Medical and sanitary report of the native army of Bengal for the year
Year: 1878
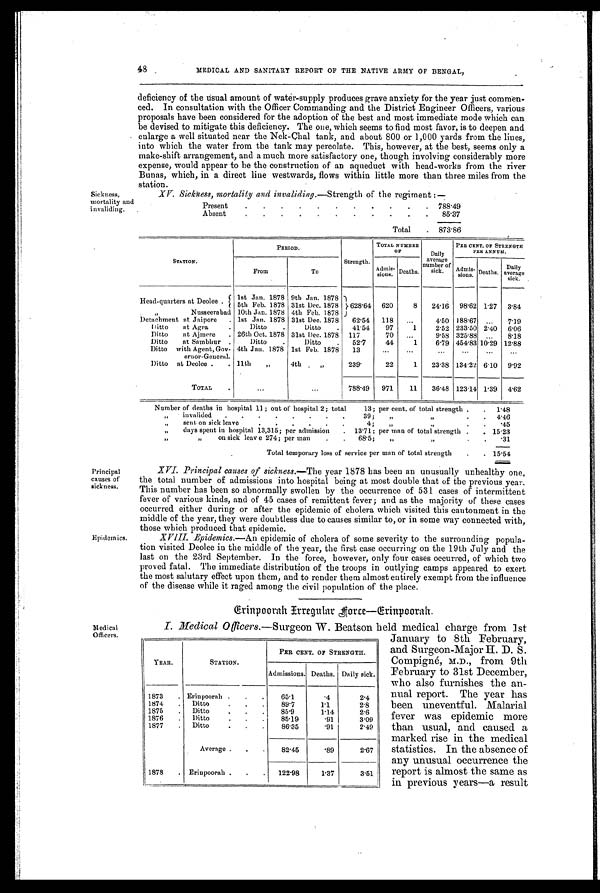
48
MEDICAL AND SANITARY REPORT OF THE NATIVE ARMY OF BENGAL,
deficiency of the usual amount of water-supply produces grave anxiety for the year just commen-
ced. In consultation with the Officer Commanding and the District Engineer Officers, various
proposals have been considered for the adoption of the best and most immediate mode which can
be devised to mitigate this deficiency. The one, which seems to find most favor, is to deepen and
enlarge a well situated near the Nek-Chal tank, and about 800 or 1,000 yards from the lines,
into which the water from the tank may percolate. This, however, at the best, seems only a
make-shift arrangement, and a much more satisfactory one, though involving considerably more
expense, would appear to be the construction of an aqueduct with head-works from the river
Bun as, which, in a direct line westwards, flows within little more than three miles from the
station.
X V . S i c k n e s s , m o l a l t y a n d i n v a l i d i n g . — S t r e n g t h o f t h e r e g i n m e n t : —
Sickness, mortality and invaliding.
STATION.
PERIOD.
Strength.
TOTAL NUMBER
OF
Daily
average
number of
sick.
PER CENT. OF STRENGTH
PER ANNUM.
From
To
Admis-
s i o n s . Deaths.
Admis- s i o n s . Daaths .
Daily
average
sick.
Head-quarters at Deolee.
1st Jan. 1878 9th Jan. 1878
628.64 620
8
24.16 98.62 1.27
3.84
5th Feb. 1878 31st Dec. 1878
„
Nusseerabad 10th Jan. 1878 4th Feb. 1878
Detachment at Jaipore
. 1st Jan. 1878 31st Dec. 1878
62.54
118
...
4.50 188.67 ...
719
Ditto at Agra
.
Ditto
.
Ditto
.
41.54
97
1
2.52 233.50 2.40 6.06
Ditto
at Ajmere
. 26th Oct. 1878 31st Dee. 1878 117
70
...
9.58 325.88 ...
8.18
Ditto at Sambhur .
Ditto
.
Ditto
.
52.7
44
1
6.79 454.83 10.29 12.88
Ditto with Agent, Gov-
ernor-General.
4th Jan. 1878 1st Feb. 1878
1 3
...
...
...
. . .
...
...
Ditto at Deolee .
. 11th
„
4th
„
239.
22
1
23.38 134.22 6.10 9.92
TOTA
. . .
. . . 788.49 971
11
36.48 123.14 1.39 4.62
Number of deaths in hospital 11 ; out of hospital 2; total 13; per cent. of total strength .
. 1.48
,,
invalided
.
.
.
.
.
.
.
.
39 ;
,,
, ,
.
.•
4.46
sent on sick leave
.
.
.
.
.
.
4;
,,
, ,
.
.
.45
„
days spent in hospital 13,315; per admission
. 1 3 . 7 1 ; p e r m a n o f t o t a l s t r e n g t h .
. 15.23
,,
on sick leave 274; per man
. . 6 8 . 5 ;
, ,
, ,
.
.
.31
Total temporary loss of service per man of total strength
.
. 15.54
Present
.
.
.
.
.
. . . . .
. 788.49
Absent
.
.
.
.
.
.
.
.
.
.
.
85.37
Total
. 873.86
Principal
causes of
sickness.
Epidemics.
Medical
Officers.
XVI. Principal causes of sickness. —The year 1878 has been an unusually unhealthy one,
the total number of admissions into hospital being at most double that of the previous year.
This number has been so abnormally swollen by the occurrence of 531 cases of intermittent
fever of various kinds, and of 45 cases of' remittent fever ; and as the majority of these cases
occurred either during or after the epidemic of' cholera which visited this cantonment in the
middle of the year, they were doubtless due to causes similar to, or in some way connected with,
those which produced that epidemic.
XVIII. Epidemics. —An epidemic of cholera of some severity to the surrounding popula-
tion visited Deolee in the middle of the year, the first case occurring on the 19th July and the
last on the 23rd September. In the force, however, only four cases occurred, of which two
proved fatal. The immediate distribution of the troops in outlying camps appeared to exert
the most salutary effect upon them, and to render them almost entirely exempt from the influence
of the disease while it raged among the civil population of the place.
E r i n p o o r a h
I r r e g u l a r F o r c e — E r i n p o o r a h .
I. Medical Officers. —Surgeon W. Beatson held medical charge from 1st
YEAR.
STATION.
PER CENT. OF STRENGTH,
Admissions. Deaths. Daily sick.
1873
. Erinpoorah .
.
.
65.1
. 4
2.4
1874.
. Ditto
. . .
89.7
1.1
2.8
1875
.
Ditto
.
.
.
85.9
1.14
2.6
1876
. D i t t o . . . .
85.19
. 9 1
3.09
1877
. Ditto
.
.
.
86.35
. 9 1
2.49
Average .
.
.
82.45
. 8 9
2.67
1878
. Eriupoorah .
.
.
122.98
1.37
3.51
January to 8th February,
and Surgeon-Major H. D. S.
Compigné, M.D., from 9th
February to 31st December,
who also furnishes the an-
nual report. The year has
been uneventful. Malarial
fever was epidemic more
than usual, and caused a
marked rise in the medical
statistics. In the absence of
any unusual occurrence the
report is almost the same as
in previous years—a result